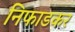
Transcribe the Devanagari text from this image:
निफाडकर